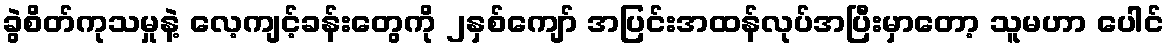
ခွဲစိတ်ကုသမှုနဲ့ လေ့ကျင့်ခန်းတွေကို ၂နှစ်ကျော် အပြင်းအထန်လုပ်အပြီးမှာတော့ သူမဟာ ပေါင်